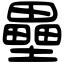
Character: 壘